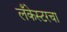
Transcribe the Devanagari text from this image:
लँकेस्टरचा